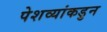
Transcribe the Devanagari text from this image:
पेशव्यांकडुन